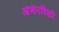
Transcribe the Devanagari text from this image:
आजारांपैकी